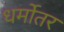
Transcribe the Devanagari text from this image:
धर्मोतर